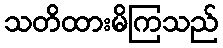
သတိထားမိကြသည်